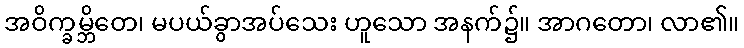
အဝိက္ခမ္ဘိတေ၊ မပယ်ခွာအပ်သေး ဟူသော အနက်၌။ အာဂတော၊ လာ၏။